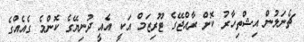
ޗެނަލުން އިޝްތިހާރު ކޮށް ރާއްޖޭގެ ޓޫރިޒަމް އަކީ އެއީ ދުނިޔޭގެ ކޮންމެ ގެއެއްގެ